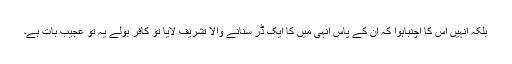
بلکہ انہیں اس کا اچنباہوا کہ ان کے پاس انہی میں کا ایک ڈر سنانے والا تشریف لایا تو کافر بولے یہ تو عجیب بات ہے۔